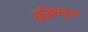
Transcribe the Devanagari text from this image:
शुद्धिमयूखः